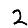
Digit: 2